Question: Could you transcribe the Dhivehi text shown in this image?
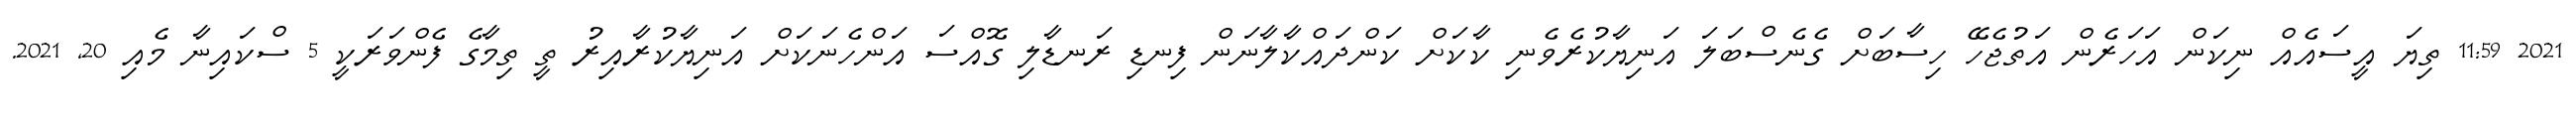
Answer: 2021 11:59 ތިޔަ އީސައެއް ނިކަން އަހަރެން އަތުޖެހޭ ހިސާބަށް ގެނެސްބަލަ އަނިޔާކުރެވެނި ކާކަށް ކަންދައްކާލާނަން ފިނޑި ރަނޑާލި ގޮއްސަ އަންހެނަކަށް އަނިޔާކުރާއިރު ތީ ތިމާގެ ފެންވަރަކީ 5 ސްކައިނާ މެއި 20, 2021.